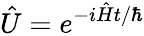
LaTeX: {\hat{U}}=e^{-i{\hat{H}}t/\hbar}